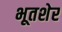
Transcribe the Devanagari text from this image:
भूतशेर